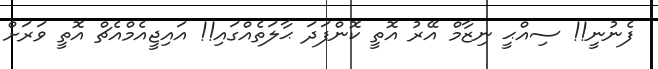
ފެނުނީ!! ސިއްޙީ ނިޒާމް އޭރު އޮތީ ކޮންފަދަ ޙާލަތެއްގައި!! އައިޖީއެމްއެޗް އޮތީ ވަރަށް